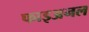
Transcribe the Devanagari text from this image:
फाइअनल